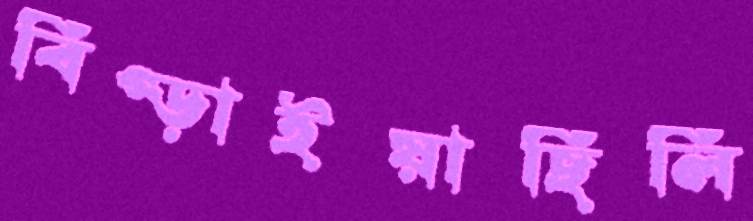
বিগ্‌ড়াইয়াছিলি